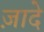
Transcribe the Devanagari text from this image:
ज़ादे